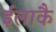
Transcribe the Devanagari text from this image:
ईलाकै